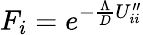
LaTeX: F_{i}=e^{-\frac{\Lambda}{D}U_{ii}^{\prime\prime}}